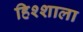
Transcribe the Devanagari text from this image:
हिश्शाला